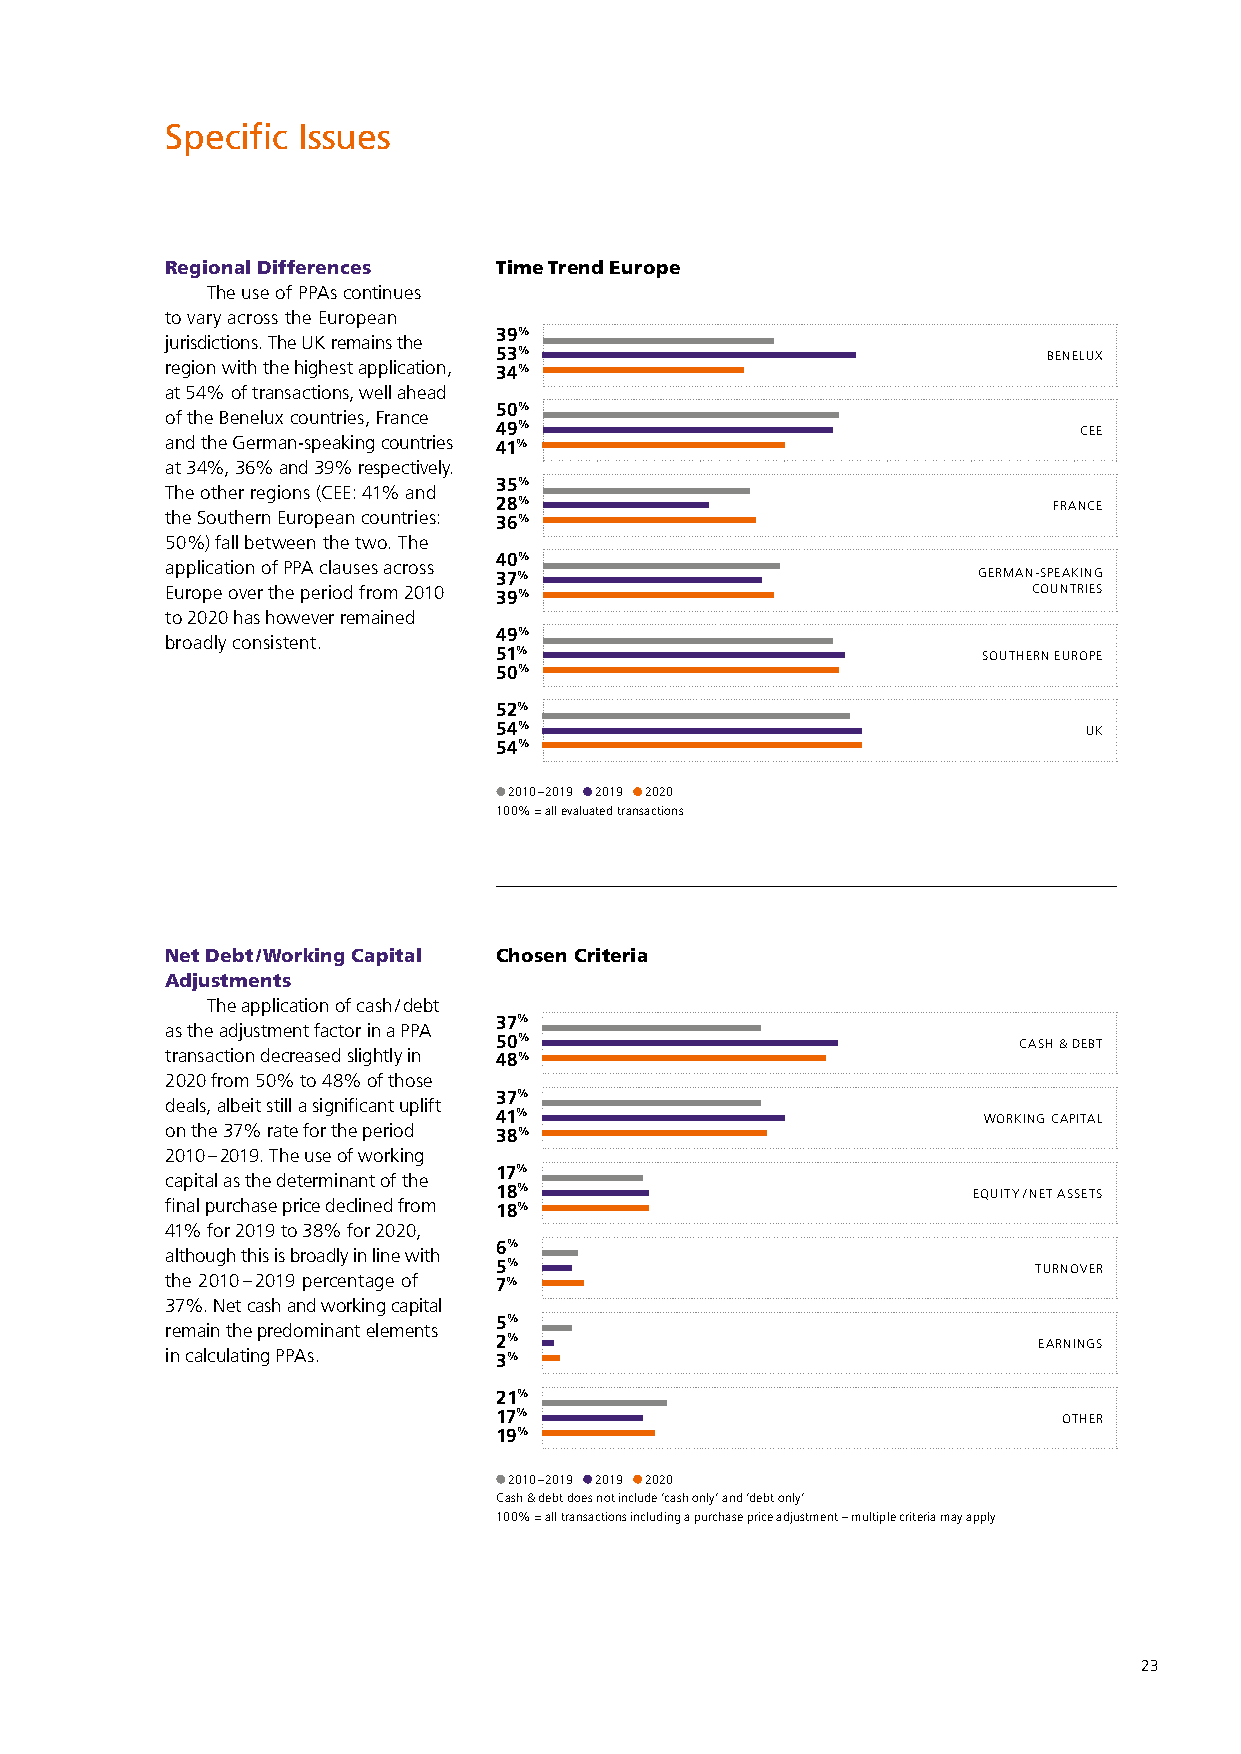
Specific Issues
 Regional Differences  Time Trend Europe
 The use of PPAs continues
 to vary across the European
 39%
 jurisdictions. The UK remains the
 53%                                 BENELUX
 region with the highest application, 34%
 at 54% of transactions, well ahead
 50%
 of the Benelux countries, France
 49%                                   CEE
 and the German-speaking countries 41%
 at 34%, 36% and 39% respectively.
 35%
 The other regions (CEE: 41% and
 28%                                  FRANCE
 the Southern European countries: 36%
 50%) fall between the two. The
 40%
 application of PPA clauses across
 37%                             GERMAN-SPEAKING
 Europe over the period from 2010 39%                     COUNTRIES
 to 2020 has however remained
 49%
 broadly consistent.
 51%                             SOUTHERN EUROPE
 50%
 52%
 54%                                    UK
 54%
 2010 – 2019 2019 2020
 100 % = all evaluated transactions
 Net Debt / Working Capital Chosen Criteria
 Adjustments
 The application of cash / debt
 37%
 as the adjustment factor in a PPA
 50%                               CASH & DEBT
 transaction decreased slightly in 48%
 2020 from 50% to 48% of those
 37%
 deals, albeit still a significant uplift
 41%                             WORKING CAPITAL
 on the 37% rate for the period 38%
 2010 – 2019. The use of working
 17%
 capital as the determinant of the
 18%                            EQUITY / NET ASSETS
 final purchase price declined from 18%
 41% for 2019 to 38% for 2020,
 6%
 although this is broadly in line with
 5%                                  TURNOVER
 the 2010 – 2019 percentage of 7%
 37%. Net cash and working capital
 5%
 remain the predominant elements
 2%                                  EARNINGS
 in calculating PPAs.  3%
 21%
 17%                                  OTHER
 19%
 2010 – 2019 2019 2020
 Cash & debt does not include ‘cash only’ and ‘debt only’
 100 % = all transactions including a purchase price adjustment – multiple criteria may apply
 23